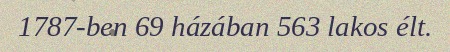
1787-ben 69 házában 563 lakos élt.